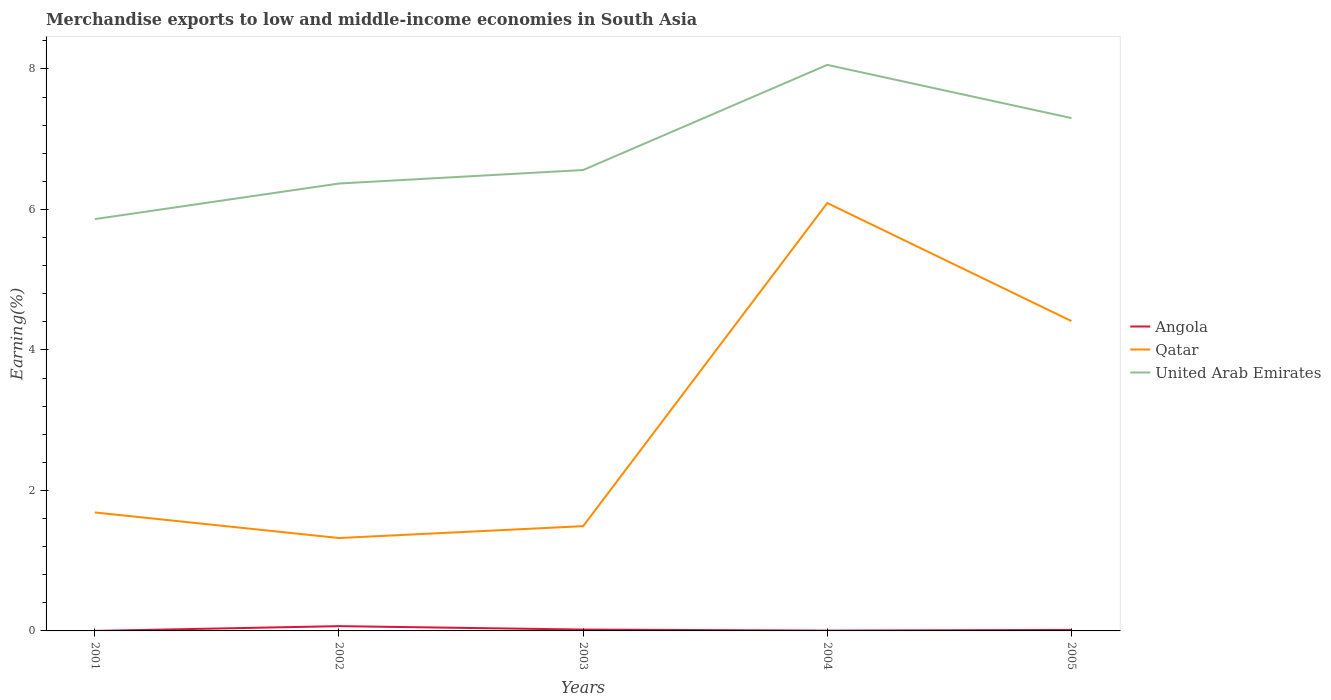
| Years | Angola | Qatar | United Arab Emirates |
 | --- | --- | --- | --- |
 | 2001 | 0.000161 | 1.69 | 5.86 |
 | 2002 | 0.068 | 1.32 | 6.37 |
 | 2003 | 0.0192 | 1.49 | 6.56 |
 | 2004 | 0.00446 | 6.09 | 8.06 |
 | 2005 | 0.0145 | 4.41 | 7.3 |